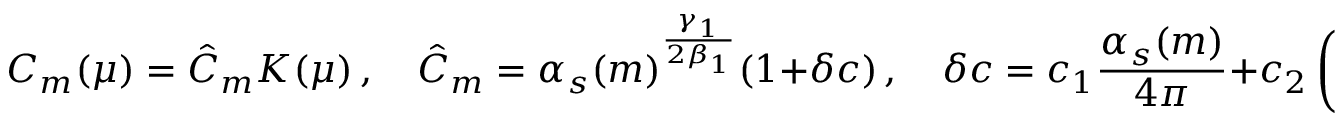
C _ { m } ( \mu ) = \hat { C } _ { m } K ( \mu ) \, , \quad \hat { C } _ { m } = \alpha _ { s } ( m ) ^ { \frac { \gamma _ { 1 } } { 2 \beta _ { 1 } } } ( 1 + \delta c ) \, , \quad \delta c = c _ { 1 } \frac { \alpha _ { s } ( m ) } { 4 \pi } + c _ { 2 } \left( \frac { \alpha _ { s } ( m ) } { 4 \pi } \right) ^ { 2 } + \cdots